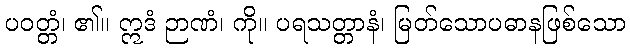
ပဝတ္တံ၊ ၏။ ဣဒံ ဉာဏံ၊ ကို။ ပရသတ္တာနံ၊ မြတ်သောပဓာနဖြစ်သော